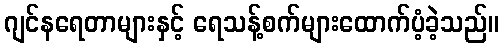
ဂျင်နရေတာများနှင့် ရေသန့်စက်များထောက်ပံ့ခဲ့သည်။